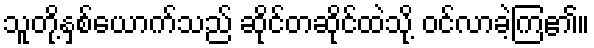
သူတို့နှစ်ယောက်သည် ဆိုင်တဆိုင်ထဲသို့ ဝင်လာခဲ့ကြ၏။